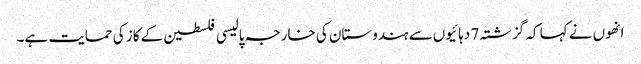
انھوں نے کہا کہ گزشتہ 7 دہائیوں سے ہندوستان کی خارجہ پالیسی فلسطین کے کاز کی حمایت ہے۔